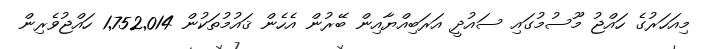
މިއަހަރުގެ ހައްޖު މޫސުމުގައި ސައުދީ އަރަބިއްޔާއިން ބޭރުން އެހެން ޤައުމުތަކުން 1